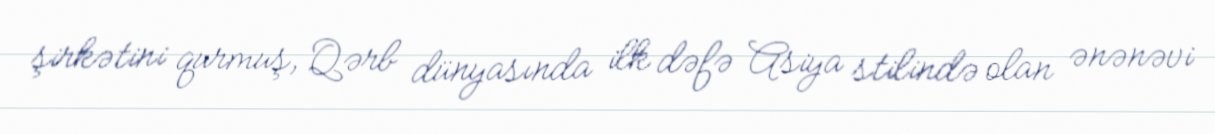
şirkətini qurmuş, Qərb dünyasında ilk dəfə Asiya stilində olan ənənəvi